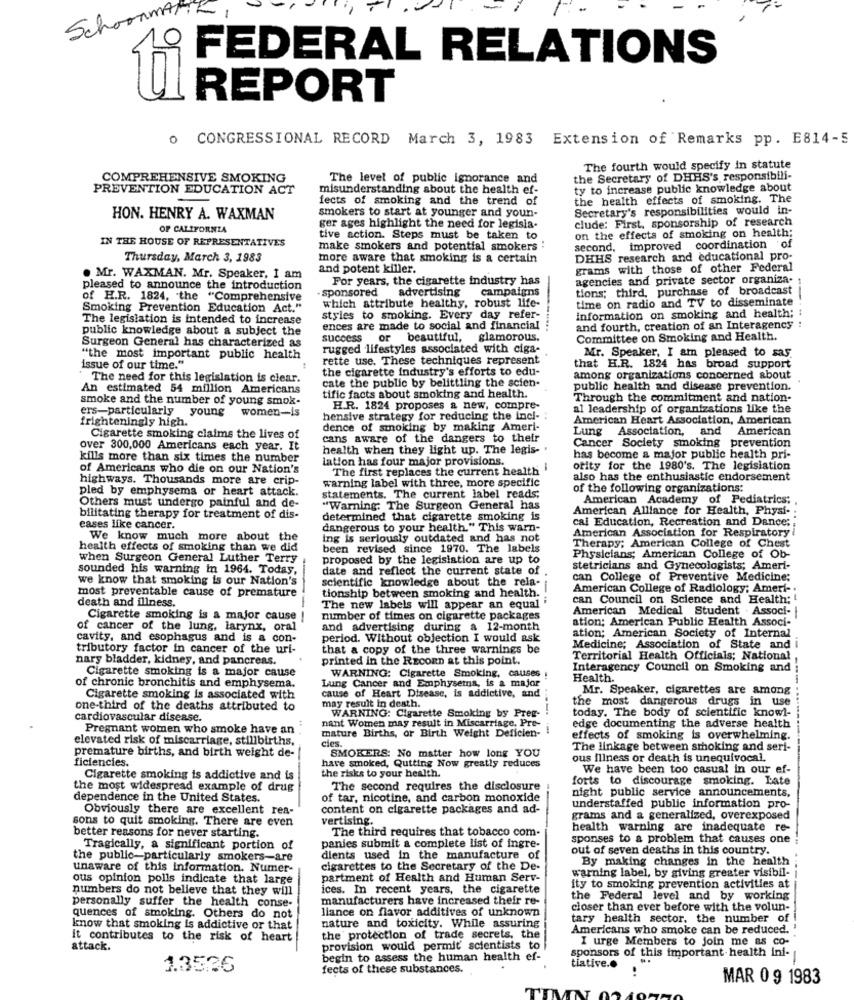
Schoonmetrik
FEDERAL RELATIONS
REPORT
0
CONGRESSIONAL RECORD March 3, 1983 Extension of Remarks pp. E814-5
The fourth would specify in statute
COMPREHENSIVE SMOKING
The level of public ignorance and
the Secretary of DHHS's responsibili-
PREVENTION EDUCATION ACT
misunderstanding about the health ef-
ty to increase public knowledge about
fects of smoking and the trend of
the health effects of smoking. The
Secretary's responsibilities would in-
HON. HENRY A. WAXMAN
smokers to start at younger and youn-
clude: First, sponsorship of research
OF CALIFORNIA
ger ages highlight the need for legisla.
on the effects of smoking on health;
IN THE HOUSE OF REPRESENTATIVES
tive action. Steps must be taken to
make smokers and potential smokers :
second, improved coordination of
Thursday, March 3, 1983
more aware that smoking is a certain
DHHS research and educational pro-
and potent killer.
grams with those of other Federal
. Mr. WAXMAN. Mr. Speaker, I am
For years, the cigarette industry has
agencies and private sector organiza.
pleased to announce the introduction
sponsored
advertising campaigns
tions; third, purchase of broadcast
of H.R. 1824, the "Comprehensive
which attribute healthy, robust life-
time on radio and TV to disseminate
Smoking Prevention Education Act."
information on smoking and health; :
The legislation is intended to increase
styles to smoking. Every day refer-
public knowledge about a subject the
ences are made to social and financial
and fourth, creation of an Interagency
Surgeon General has characterized as
success
or
beautiful,
glamorous.
Committee on Smoking and Health.
rugged lifestyles associated with ciga-
Mr. Speaker, I am pleased to sas.
"the most important public health
rette use. These techniques represent
issue of our time."
the cigarette industry's efforts to edu-
that H.R. 1824 has broad support
The need for this legislation is clear.
cate the public by belittling the scien-
among organizations concerned about
An estimated 54 million Americans
public health and disease prevention.
smoke and the number of young smok-
tific facts about smoking and health.
Through the commitment and nation-
ers-particularly
young
women-is
H.R. 1824 proposes a new, compre-
al leadership of organizations like the
frighteningly high.
hensive strategy for reducing the incl-
American Heart Association, American
dence of smoking by making Ameri-
Lung Association, a
and
American
Cigarette smoking claims the lives of
cans aware of the dangers to their
Cancer Society smoking prevention
over 300,000 Americans each year. It
health when they light up. The legis- .
kills more than six times the number
lation has four major provisions.
has become a major public health pri-
of Americans who die on our Nation's
The first replaces the current health
otity for the 1980's. The legislation
highways. Thousands more are crip-
warning label with three, more specific
also has the enthusiastic endorsement
pled by emphysema or heart attack.
of the following organizations:
statements. The current label reads;
American Academy of Pediatrics;
Others must undergo painful and de-
"Warning: The Surgeon General has
American Alliance for Health, Physi-
bilitating therapy for treatment of dis-
determined that cigarette smoking is
cai Education, Recreation and Dance:
eases like cancer.
dangerous to your health." This warn-
American Association for Respiratory i
We know much more about the
ing is seriously outdated and has not
Therapy; American College of Chest
health effects of smoking than we did
been revised since 1970. The labels
when Surgeon General Luther Terry
proposed by the legislation are up to
Physicians; American College of Ob-
sounded his warning in 1964. Today,
date and reflect the current state of
stetricians and Gynecologists; Ameri-
we know that smoking is our Nation's
scientific knowledge about the rela-
can College of Preventive Medicine;
tionship between smoking and health.
American College of Radiology; Ameri -.
most preventable cause of premature
death and illness.
can Council on Science and Health:
The new labels will appear an equal
American Medical Student . Associ-
Cigarette smoking is a major cause
number of times on cigarette packages
ation; American Public Health Associ-
of cancer of the lung, larynx, oral
and advertising during a 12-month
cavity, and esophagus and is a con-
period. Without objection I would ask
ation; American Society of Internal
tributory factor in cancer of the uri-
that a copy of the three warnings be
Medicine; Association of State and
nary bladder, kidney, and pancreas.
printed in the RECORD at this point.
Territorial Health Officials; National
Cigarette smoking is a major cause
Interagency Council on Smoking and
WARNING: Cigarette Smoking, causes :
Health.
of chronic bronchitis and emphysema.
cause of Heart Disease, is addictive, and
Lung Cancer and Emphysema, is a major
Mr. Speaker, cigarettes are among
Cigarette smoking is associated with
may result In death.
the most dangerous drugs in use
one-third of the deaths attributed to
WARNING: Cigarette Smoking by Preg-
today. The body of scientific knowl-
cardiovascular disease.
nant Women may result in Miscarriage, Pre-
Pregnant women who smoke have an
mature Births, or Birth Weight Deficien-
---
edge documenting the adverse health
elevated risk of miscarriage, stillbirths,
cies.
effects of smoking is overwhelming.
premature births, and birth weight de-
SMOKERS: No matter how long YOU
The linkage between smoking and seri-
ficiencies.
have smoked, Qutting Now greatly reduces
ous illness or death is unequivocal.
We have been too casual in our ef-
Cigarette smoking is addictive and is
the risks to your health.
forts to discourage smoking. Late
the most widespread example of drug
The second requires the disclosure
night public service announcements,
dependence in the United States.
of tar, nicotine, and carbon monoxide
Obviously there are excellent rea-
content on cigarette packages and ad-
understaffed public information pro-
sons to quit smoking. There are even
vertising.
grams and a generalized, overexposed
better reasons for never starting.
The third requires that tobacco com-
health warning are inadequate re-
sponses to a problem that causes one
Tragically, a significant portion of
panies submit a complete list of ingre-
out of seven deaths in this country.
the public-particularly smokers-are
dients used in the manufacture of
By making changes in the health
unaware of this information. Numer-
cigarettes to the Secretary of the De-
warning label, by giving greater visibil-
ous opinion polls indicate that large
partment of Health and Human Serv-
numbers do not believe that they will
ices. In recent years, the cigarette
ity to smoking prevention activities at
personally suffer the health conse-
manufacturers have increased their re-
the Federal level and by working
liance on flavor additives of unknown
closer than ever before with the volun-
quences of smoking. Others do not
nature and toxicity. While assuring
tary health sector, the number of
know that smoking is addictive or that
Americans who smoke can be reduced.
it contributes to the risk of heart
the protection of trade secrets, the
I urge Members to join me as co-
attack.
provision would permit scientists to
sponsors of this important health ini-
begin to assess the human health ef-
1.3526
fects of these substances.
tiative ..
MAR 0 9 1983